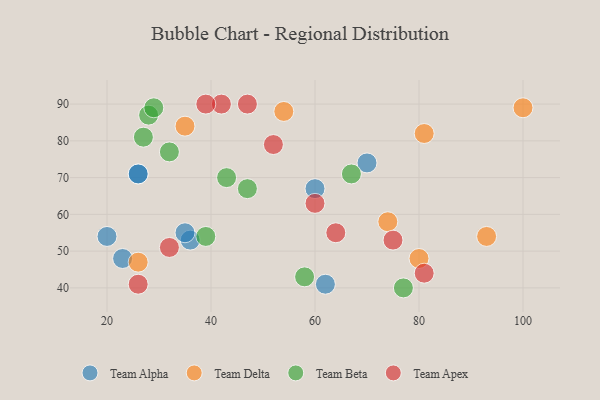
{"axis": {"x": "GDP", "y": "Life Expectancy"}, "legend": ["Team Alpha", "Team Apex", "Team Beta", "Team Delta"], "data": [{"x": "26", "y": 71, "type": "Team Alpha"}, {"x": "62", "y": 41, "type": "Team Alpha"}, {"x": "23", "y": 48, "type": "Team Alpha"}, {"x": "36", "y": 53, "type": "Team Alpha"}, {"x": "20", "y": 54, "type": "Team Alpha"}, {"x": "35", "y": 55, "type": "Team Alpha"}, {"x": "60", "y": 67, "type": "Team Alpha"}, {"x": "26", "y": 71, "type": "Team Alpha"}, {"x": "70", "y": 74, "type": "Team Alpha"}, {"x": "100", "y": 89, "type": "Team Delta"}, {"x": "74", "y": 58, "type": "Team Delta"}, {"x": "93", "y": 54, "type": "Team Delta"}, {"x": "26", "y": 47, "type": "Team Delta"}, {"x": "35", "y": 84, "type": "Team Delta"}, {"x": "80", "y": 48, "type": "Team Delta"}, {"x": "81", "y": 82, "type": "Team Delta"}, {"x": "54", "y": 88, "type": "Team Delta"}, {"x": "77", "y": 40, "type": "Team Beta"}, {"x": "43", "y": 70, "type": "Team Beta"}, {"x": "32", "y": 77, "type": "Team Beta"}, {"x": "28", "y": 87, "type": "Team Beta"}, {"x": "39", "y": 54, "type": "Team Beta"}, {"x": "67", "y": 71, "type": "Team Beta"}, {"x": "58", "y": 43, "type": "Team Beta"}, {"x": "27", "y": 81, "type": "Team Beta"}, {"x": "29", "y": 89, "type": "Team Beta"}, {"x": "47", "y": 67, "type": "Team Beta"}, {"x": "26", "y": 41, "type": "Team Apex"}, {"x": "42", "y": 90, "type": "Team Apex"}, {"x": "64", "y": 55, "type": "Team Apex"}, {"x": "60", "y": 63, "type": "Team Apex"}, {"x": "75", "y": 53, "type": "Team Apex"}, {"x": "81", "y": 44, "type": "Team Apex"}, {"x": "32", "y": 51, "type": "Team Apex"}, {"x": "39", "y": 90, "type": "Team Apex"}, {"x": "47", "y": 90, "type": "Team Apex"}, {"x": "52", "y": 79, "type": "Team Apex"}]}